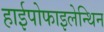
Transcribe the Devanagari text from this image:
हाईपोफाइलेन्थिन